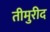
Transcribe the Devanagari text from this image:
तीमुरीद